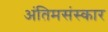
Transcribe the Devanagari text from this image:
अंतिमसंस्कार